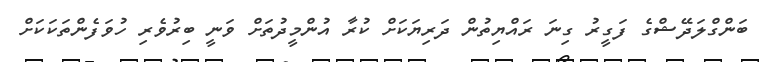
ބަންގްލަދޭޝްގެ ފަގީރު ގިނަ ރައްޔިތުން ދަރިޔަކަށް ކުރާ އުންމީދުތަށް ވަނީ ބިރުވެރި ހުވަފެންތަކަކަށް